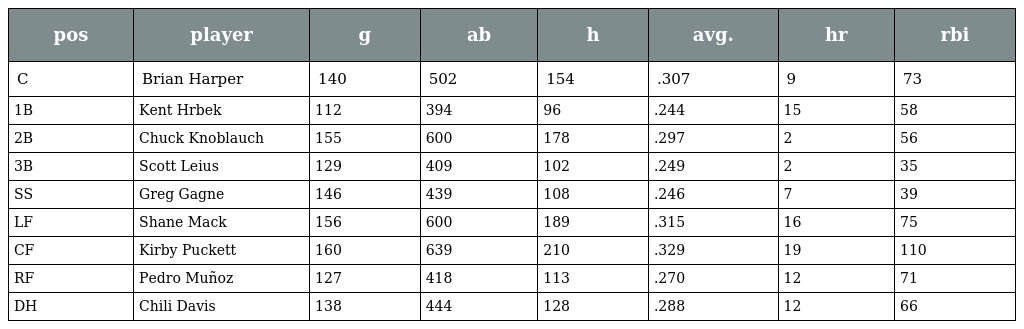
| pos | player | g | ab | h | avg. | hr | rbi |
 | --- | --- | --- | --- | --- | --- | --- | --- |
 | C | Brian Harper | 140 | 502 | 154 | .307 | 9 | 73 |
 | 1B | Kent Hrbek | 112 | 394 | 96 | .244 | 15 | 58 |
 | 2B | Chuck Knoblauch | 155 | 600 | 178 | .297 | 2 | 56 |
 | 3B | Scott Leius | 129 | 409 | 102 | .249 | 2 | 35 |
 | SS | Greg Gagne | 146 | 439 | 108 | .246 | 7 | 39 |
 | LF | Shane Mack | 156 | 600 | 189 | .315 | 16 | 75 |
 | CF | Kirby Puckett | 160 | 639 | 210 | .329 | 19 | 110 |
 | RF | Pedro Muñoz | 127 | 418 | 113 | .270 | 12 | 71 |
 | DH | Chili Davis | 138 | 444 | 128 | .288 | 12 | 66 |